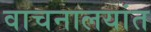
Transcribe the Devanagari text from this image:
वाचनालयांत